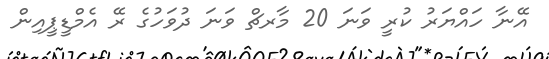
އޭނާ ހައްޔަރު ކުރީ ވަނަ 20 މާރޗް ވަނަ ދުވަހުގެ ރޭ އެމްޑީޕީއިން